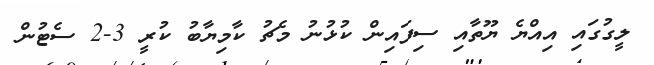
ލީގުގައި އިއްޔެ ޔޫތާއި ސިފައިން ކުޅުނު މެޗު ކާމިޔާބު ކުރީ 3-2 ސެޓުން